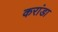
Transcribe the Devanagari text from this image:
करांडा